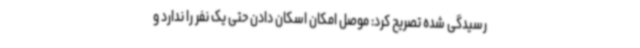
رسیدگی شده تصریح کرد: موصل امکان اسکان دادن حتی یک نفر را ندارد و